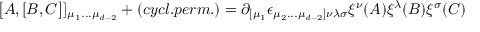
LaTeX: \bigl \lbrack A , \lbrack B , C \bigr \rbrack \rbrack _ { \mu _ { 1 } . . . \mu _ { d - 2 } } + ( c y c l . p e r m . ) = \partial _ { \lbrack \mu _ { 1 } } \epsilon _ { \mu _ { 2 } . . . \mu _ { d - 2 } \rbrack \nu \lambda \sigma } \xi ^ { \nu } ( A ) \xi ^ { \lambda } ( B ) \xi ^ { \sigma } ( C )